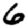
Digit: 6